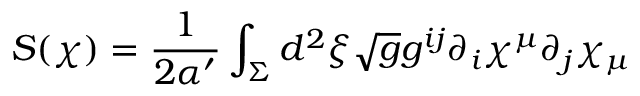
S ( \chi ) = \frac { 1 } { 2 \alpha ^ { \prime } } \int _ { \Sigma } d ^ { 2 } \xi \sqrt { g } g ^ { i j } \partial _ { i } \chi ^ { \mu } \partial _ { j } \chi _ { \mu }